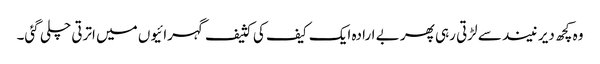
وہ کچھ دیر نیند سے لڑتی رہی پھر بے ارادہ ایک کیف کی کثیف گہرائیوں میں اترتی چلی گئی۔